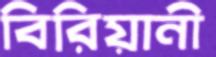
বিরিয়ানী